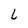
Character: L